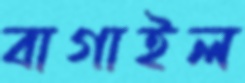
বাগাইল